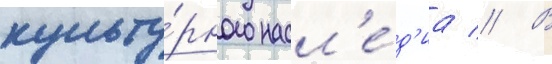
культу́рного насл'е́д'иа // В